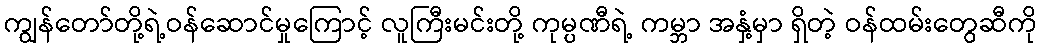
ကျွန်တော်တို့ရဲ့ဝန်ဆောင်မှုကြောင့် လူကြီးမင်းတို့ ကုမ္ပဏီရဲ့ ကမ္ဘာ အနှံ့မှာ ရှိတဲ့ ဝန်ထမ်းတွေဆီကို